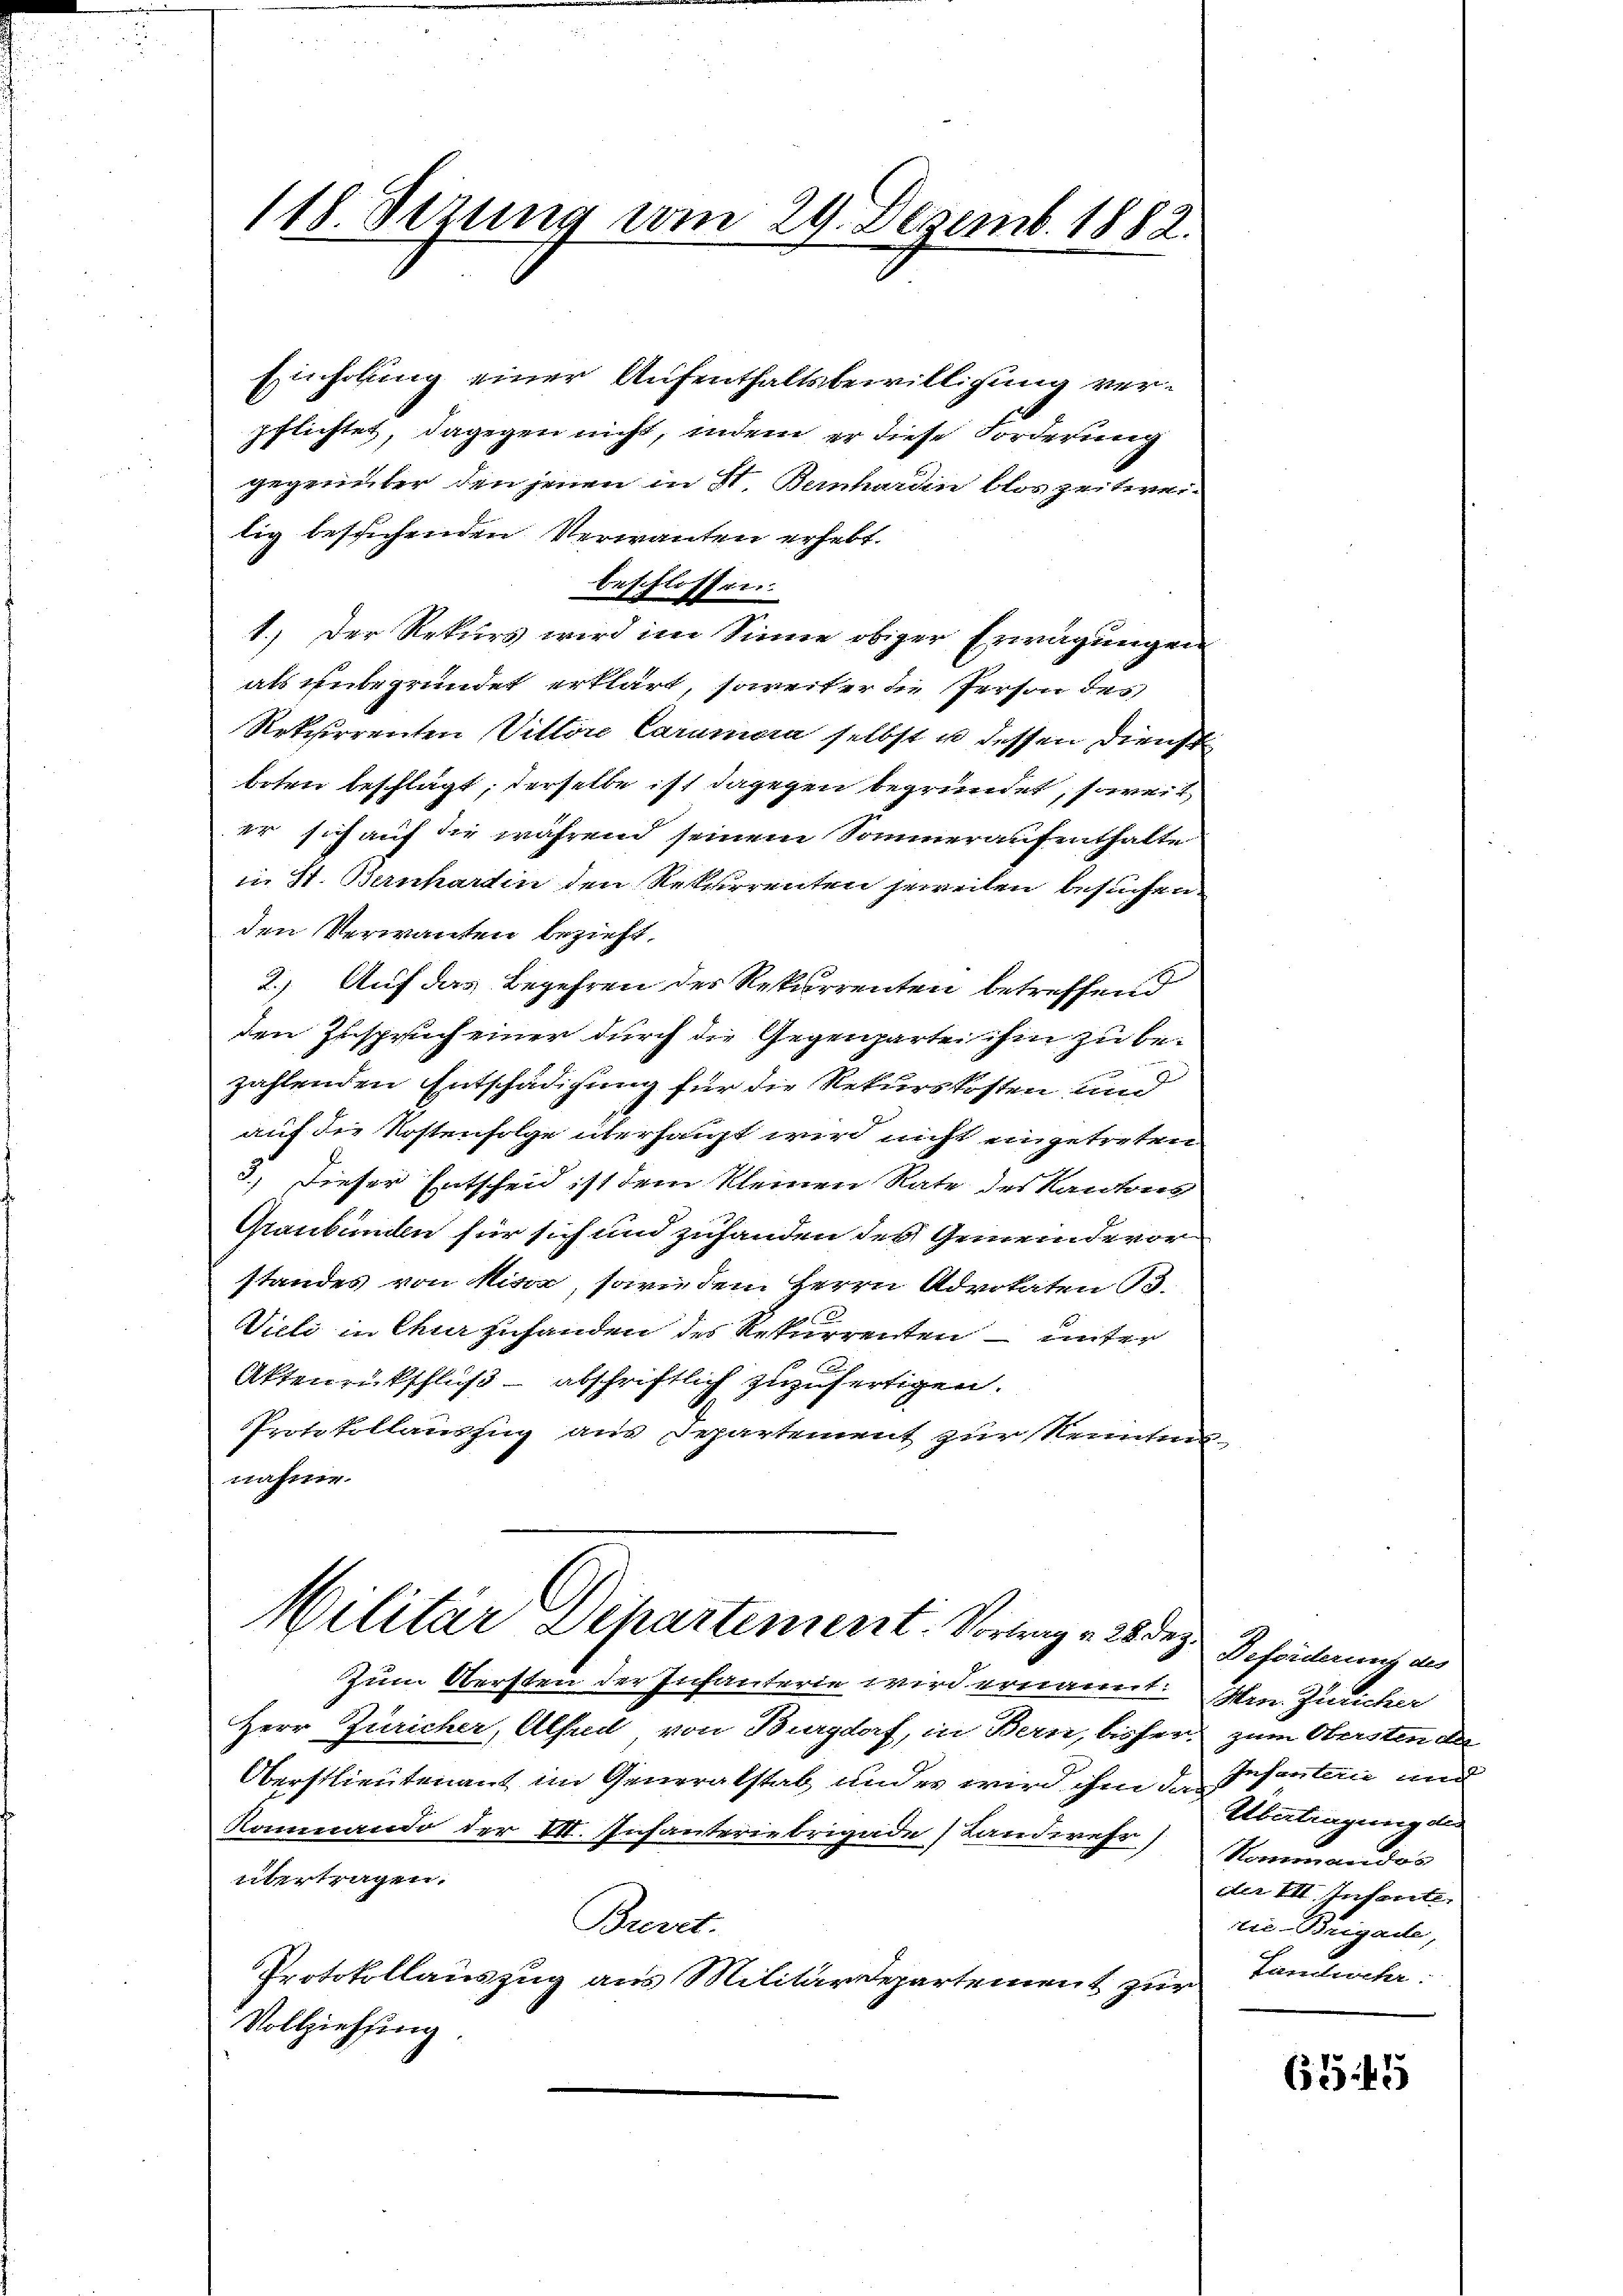
118. Sirung vom 29. Dezemb. 1882.

Einholung einer Aufenthaltsbewilligung verpflichtet, dagegen nicht, indem er diese Forderung
gegenüber den jenen in St. Bernhardin blos zeitwei-
tig besichenden Verwanten erhebt.
beschlossen.
1.) Der Rekurs wird im Sinne obiger Erwägungen
als unbegründet erklärt, soweiter die Person der
Rekurrenten Vittore Caramen selbst u dessen Dienst
boten beschlägt; derselbe ist dagegen begründet, soweit
er sich auf die während seinem Sommeraufenthalte
in St. Bernhartin den Rekurrenten jeweilen besuchen.
den Verwanten bezieht.
2.) Auf das Begehren der Rekurrenten betreffend
den Zuspruch einer durch die Gegenpartei ihm zu be-
zahlenden Entschädigung für die Rekurskosten und
auf die Kostenfolge überhaupt wird nicht eingetreten
3.) Dieser Entscheid ist dem kleinen Rate des Kantons
Graubünden für sich und zufanden der Gemeindevor
standes von Miser, sowie dem Herrn Advokaten B.
Wieli in Chur zufanden des Rekurrenten – unter
Aktenrückschluß – abschriftlich zuzufertigen.
Protokollauszug aus Separtement zur Renntnis-
nahme.

Wilitär Dchartement. Vorweg - 28 Dez.

Zum Obersten der Infanterie wird ernannt:
Herr Züricher, Alhed von Burgdorf, in Bern, bisher.
Oberstlieutenant im Generalstab und er wird ihm da
Kommando der VI. Infanteriebrigade Landwehr
übertragen.
Breret.
Protokollauszug aus Militärdepartement zur
Vollziehung.

Beförderung des
Hrn. Züricher
zum Hersten da
Infanten und
Übertragung de
Kommandos
der III. Infante.
die Brigade,
Landwehr.

1524